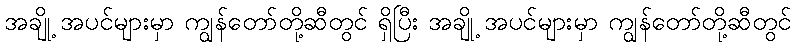
အချို့ အပင်များမှာ ကျွန်တော်တို့ဆီတွင် ရှိပြီး အချို့ အပင်များမှာ ကျွန်တော်တို့ဆီတွင်